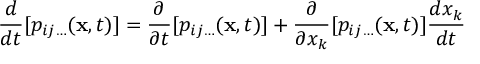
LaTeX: \ { \frac { d } { d t } } [ p _ { i j \ldots } ( \mathbf { x } , t ) ] = { \frac { \partial } { \partial t } } [ p _ { i j \ldots } ( \mathbf { x } , t ) ] + { \frac { \partial } { \partial x _ { k } } } [ p _ { i j \ldots } ( \mathbf { x } , t ) ] { \frac { d x _ { k } } { d t } }